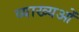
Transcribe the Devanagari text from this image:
व्याख्यओं